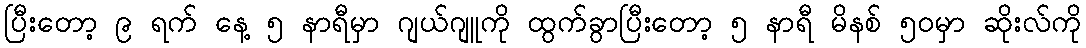
ပြီးတော့ ၉ ရက် နေ့ ၅ နာရီမှာ ဂျယ်ဂျူကို ထွက်ခွာပြီးတော့ ၅ နာရီ မိနစ် ၅၀မှာ ဆိုးလ်ကို